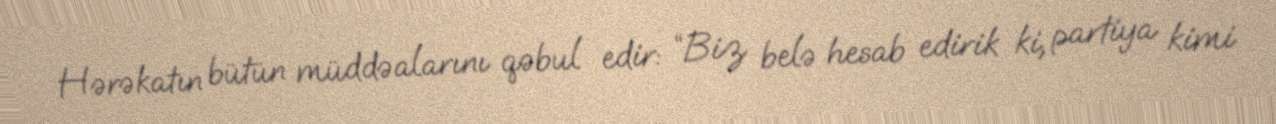
Hərəkatın bütün müddəalarını qəbul edir: “Biz belə hesab edirik ki, partiya kimi